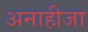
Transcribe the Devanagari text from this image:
अनाहीजा